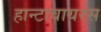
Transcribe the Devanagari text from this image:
हान्टावायरस